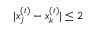
| x _ { j } ^ { ( t ) } - x _ { k } ^ { ( t ) } | \leq 2